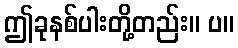
ဤခုနစ်ပါးတို့တည်း။ ပ။